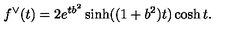
f ^ { \vee } ( t ) = 2 e ^ { t b ^ { 2 } } \sinh ( ( 1 + b ^ { 2 } ) t ) \cosh t .